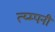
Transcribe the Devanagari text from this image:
त्य्म्पनी